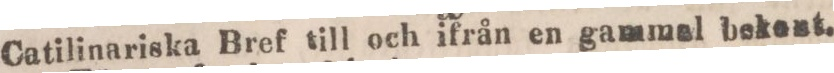
Catilinariska Bref till och ifrån en gammal bekent.